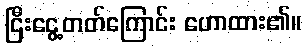
ငြီးငွေ့တတ်ကြောင်း ဟောထား၏။